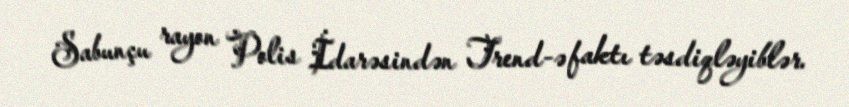
Sabunçu rayon Polis İdarəsindən Trend-ə faktı təsdiqləyiblər.